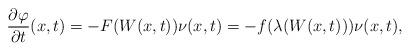
LaTeX: \begin{align*}\frac{\partial \varphi}{\partial t}(x,t) = -F(W(x,t))\nu(x,t) = -f(\lambda(W(x,t)))\nu(x,t),\end{align*}